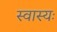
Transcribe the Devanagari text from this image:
स्वास्यः